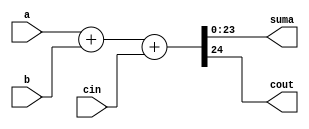
module sumador24bit(
	output [23:0] suma,
	output cout,
	input [23:0] a,b,
	input cin);
	
	assign {cout,suma} = a +  b + cin;
	
endmodule